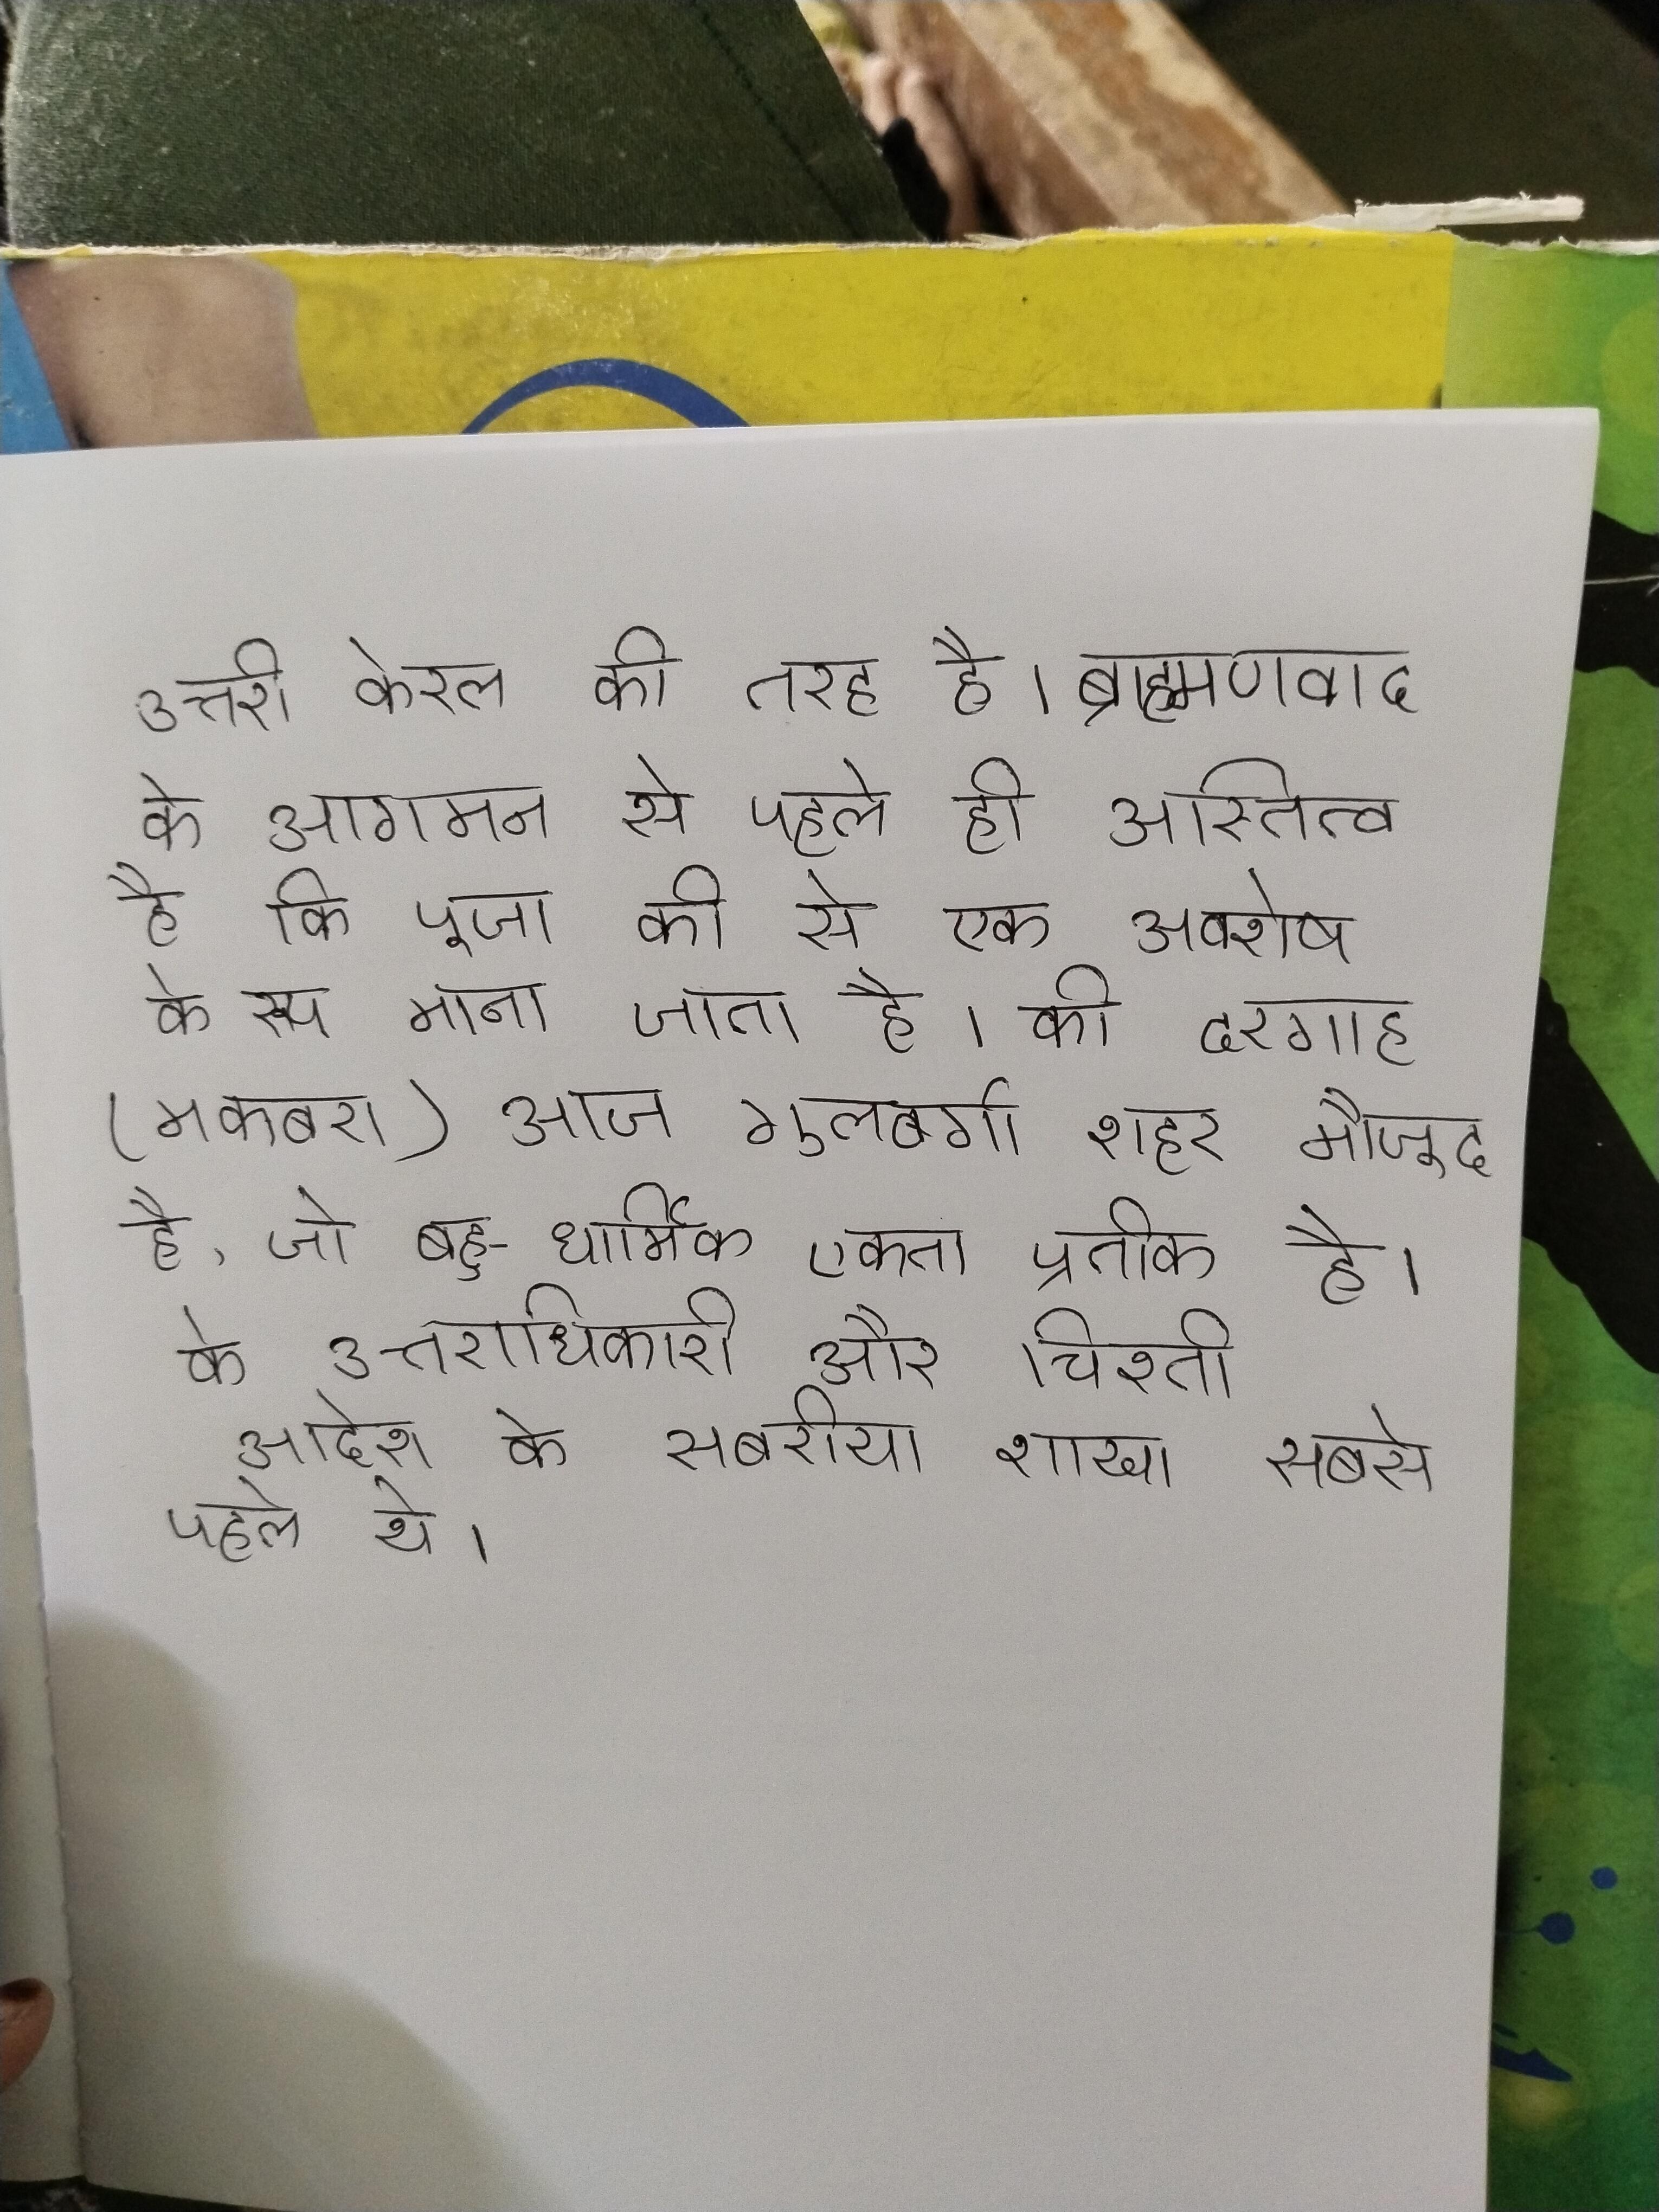
उत्तरी केरल की तरह है । ब्राह्मणवाद के आगमन से पहले ही अस्तित्व है कि पूजा की से एक अवशेष के रूप माना जाता है । की दरगाह (मकबरा) आज गुलबर्गा शहर मौजूद है, जो बहु-धार्मिक एकता प्रतीक है । के उत्तराधिकारी और चिश्ती आदेश के सबरीया शाखा सबसे पहले थे ।